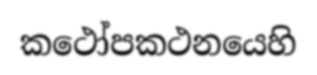
කථෝපකථනයෙහි